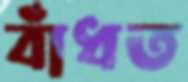
বাঁধত